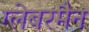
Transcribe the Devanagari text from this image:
ग्लेबरमैन